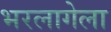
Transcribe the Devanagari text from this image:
भरलागेला